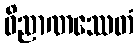
ဝိညာဏဿေတံ